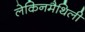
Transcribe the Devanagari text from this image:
लेकिनमैथिली